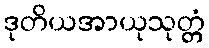
ဒုတိယအာယုသုတ္တံ